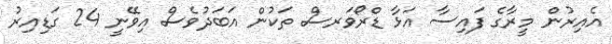
އެއިރުން މީރާގެ ފައިސާ އަޅާ ޑްރޯވަރސް ތަކުން އަބަދުވެސް އިވޭނީ 24 ގަޑިއިރު